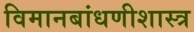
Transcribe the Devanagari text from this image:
विमानबांधणीशास्त्र